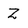
Character: Z